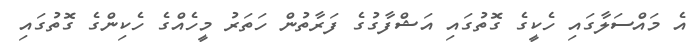
އެ މައްސަލާގައި ހެކީގެ ގޮތުގައި އަޝްފާގުގެ ފަރާތުން ހަތަރު މީހެއްގެ ހެކިންގެ ގޮތުގައި